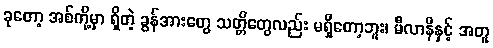
ခုတော့ အစ်ကို့မှာ ရှိတဲ့ ခွန်အားတွေ သတ္တိတွေလည်း မရှိတော့ဘူး၊ မီလာနီနှင့် အတူ